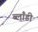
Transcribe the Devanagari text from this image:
ब्लाँडी